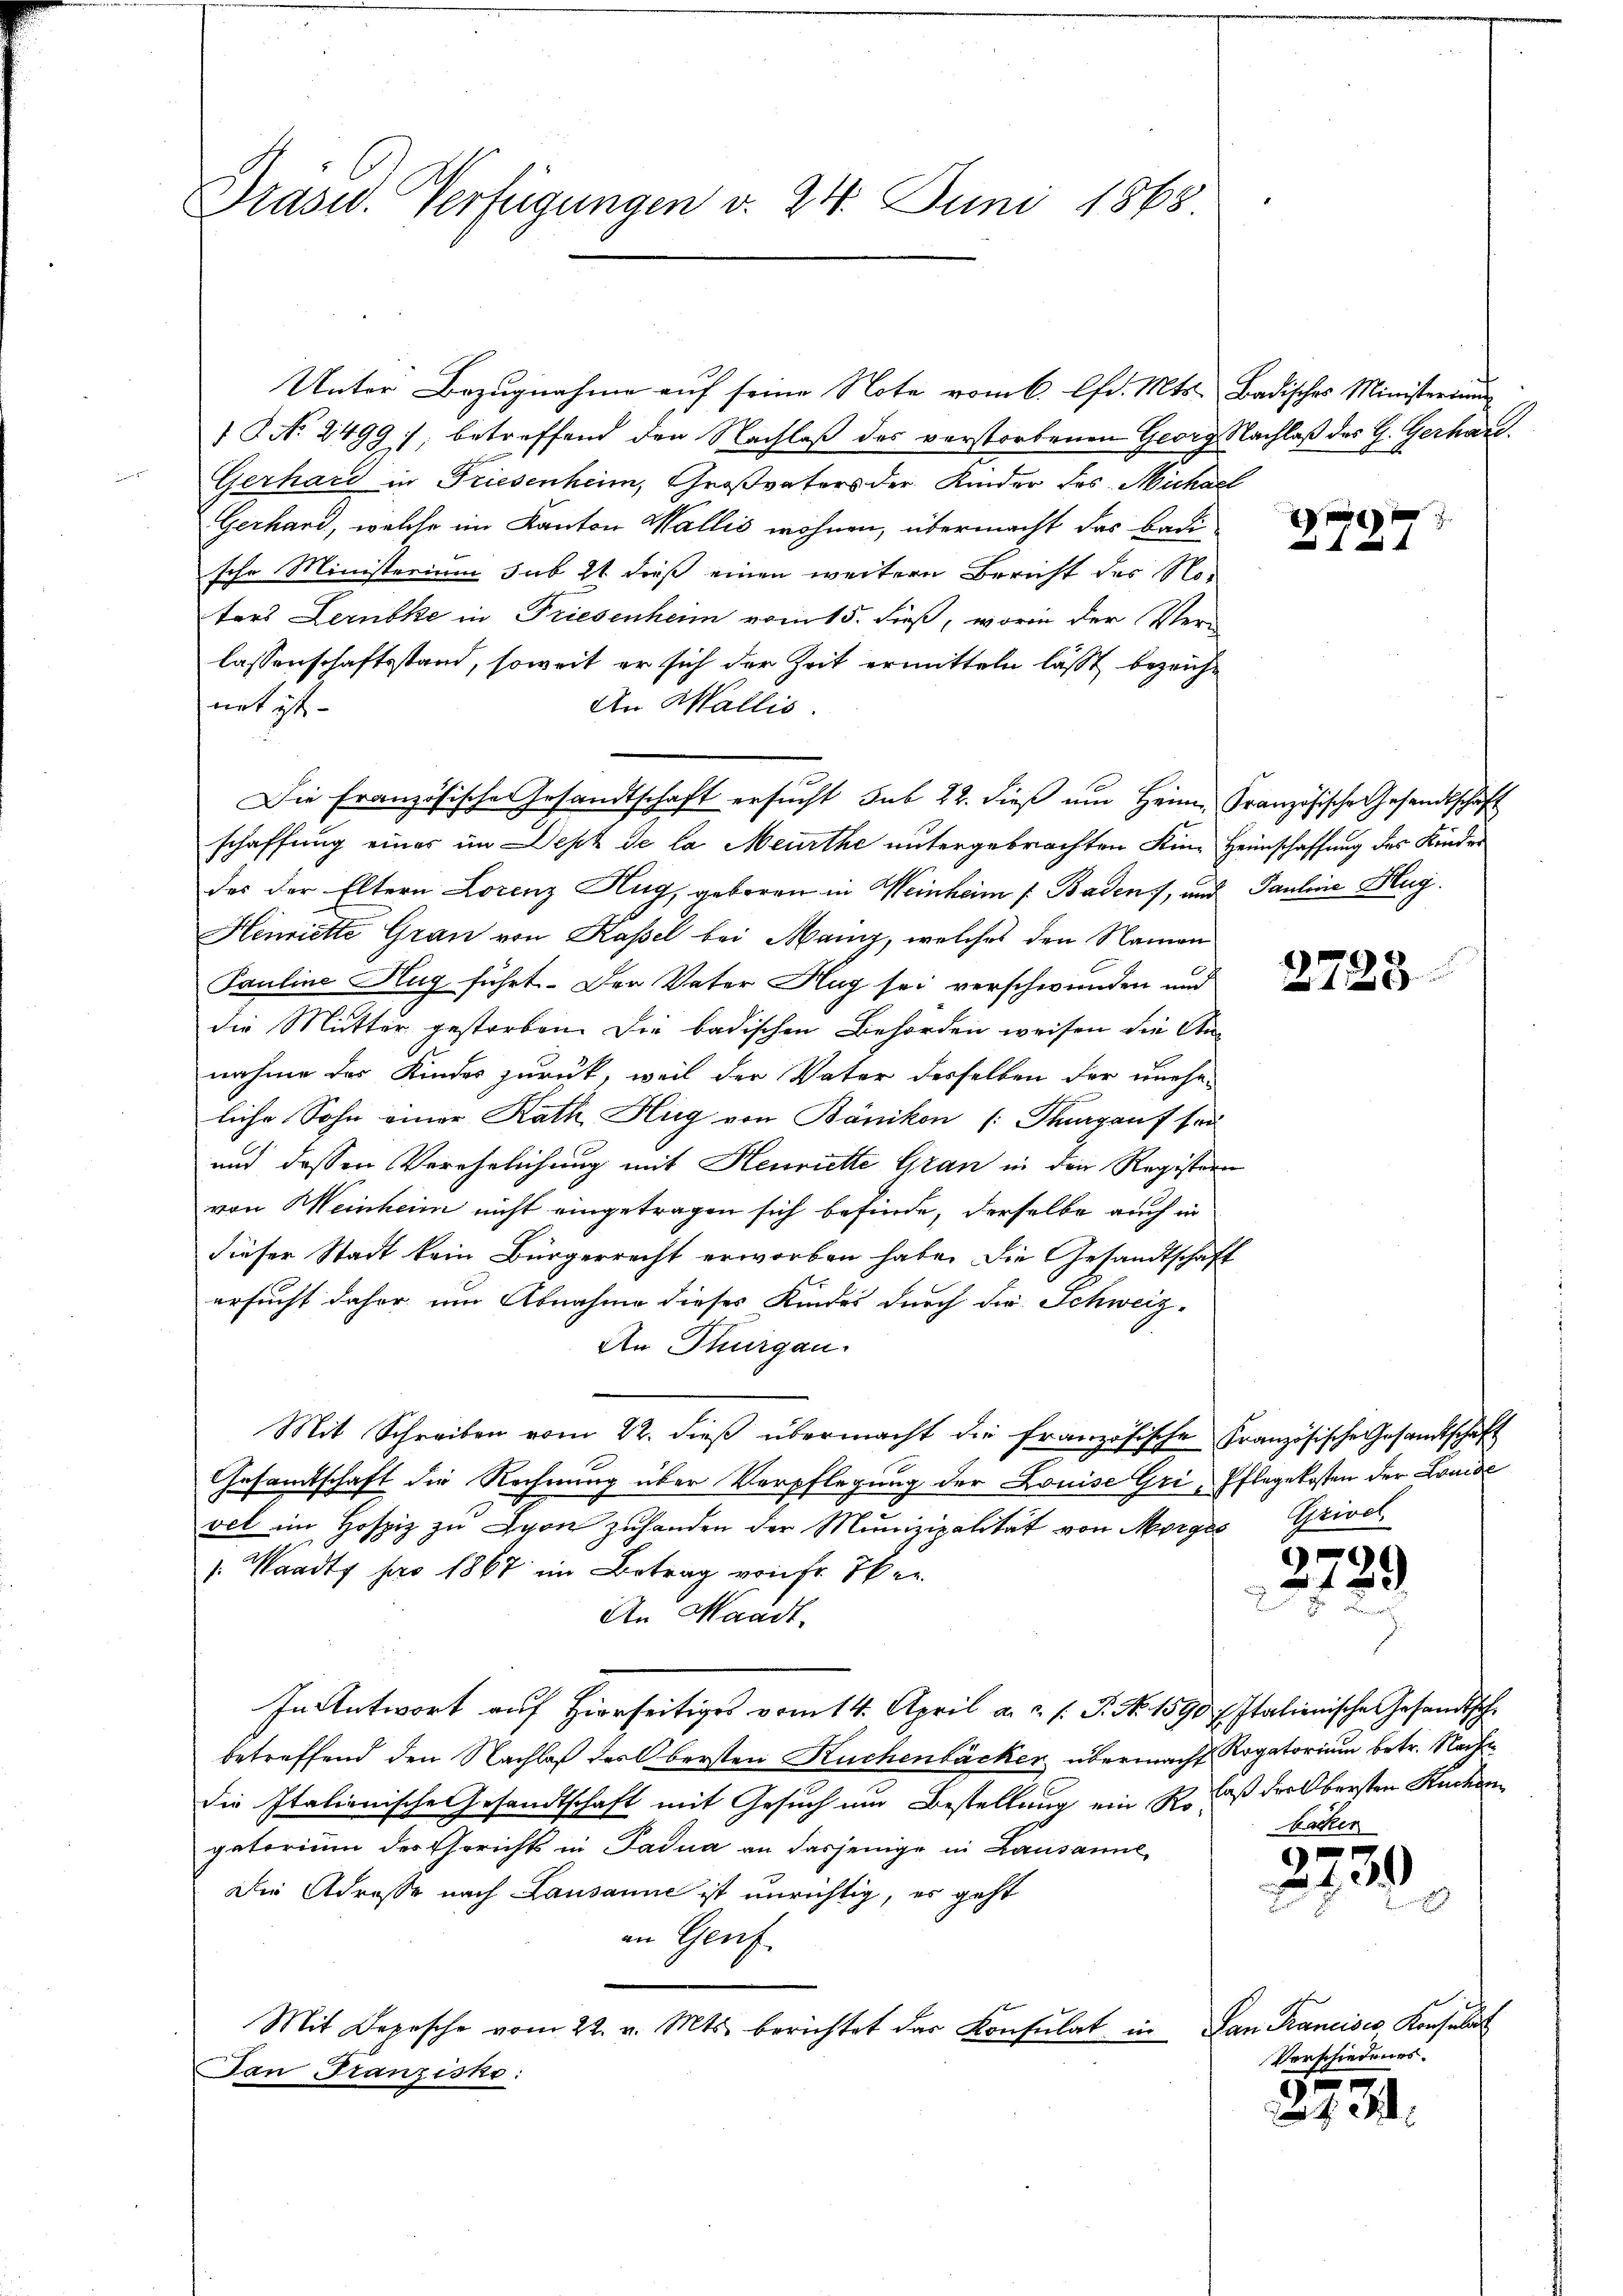
Drasw. Verfügungen v. 24. Juni 1868

1 No 2499), betreffend den Nachlaß des verstorbenen Georg Nachlaß des G. Gerhard
Gerhard in Friesenheim, Großvaters der Kinder des Michael
Gerhard, welche im Kanton Wallis wohnen, übermacht das Badische Ministerium sub 2t dieß einen weitern Bericht des Noters Lernbke in Friesenheim vom 15. dieß, worin der Ver-
lassenschaftsstand, soweit er sich der Zeit ermitteln lässt, bezeichnet ist
An Wallis.
Die französische Gesandtschaft ersucht sub 22. dieß um Heim, Französische Gesandtschaft
schaffung einer im Dept de la Meurthe untergebrachten Eine Heimschaffung des Kinder
des der Eltern Lorenz Hug, geboren in Weinheim Baden, und Pauline Hug
Henriette Gran von Kassel bei Mann, welches den Namen
Pauline Hug führt. Der Vater Hag sei verschwunden und
die Mutter gestorben. Die badischen Behörden weisen die An-
nahme des Kindes zurück, weil der Vater derselben der unehe-
liche Sohn einer Rath Hug von Bänikon (Thurgauf sei
und dessen Verehelichung mit Henriette Gran in den Registern
von Weinheim nicht eingetragen sich befinde, derselbe auch in
dieser Stadt kein Bürgerrecht erworben habe. Die Gesandtschaft
ersucht daher um Abnahme dieses Kindes durch die Schweiz.
An Thurgau.
Mit Schreiben vom 22. dieß übermacht die französische Französische Gesandtschaft
Gesamtschaft die Rechnung über Verpflegung der Louise Gri, Pflegekosten der Louise
vel im Hospiz zu von zuhanden der Munizipalität von Morges Grivel
/. Waadt pro 1867 im Betrag von fr. Eber
An Waadt,
In Antwort auf hierseitiges vom 14. April a. a. s. P. Nr. 1590 f. Italienische Gesandtsche
betreffend den Nachlaß des Obersten Kuchenbäcker übermacht Rogatorium betr. Nacht
die Italienische Gesandtschaft mit Gesuch um Bestellung ein so daß der Obersten Kuchen
gatorium des Gerichts in Padua an dasjenige in Lausanne,
Die Adresse nach Lausanne ist unrichtig, es geht
an Genf.
Mit Depesche vom 22. v. Mts. berichtet das Konsulat in Lan Francisco Konsulat
San Franzisko:

Unter Bezugnahme auf seine Note vom 6. Chr. Mts. Badisches Ministerium

1794.

2725.

2789

backer

228

Verschiedenes.

2731.